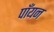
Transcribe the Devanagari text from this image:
पाँयन